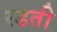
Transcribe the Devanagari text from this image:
रडती